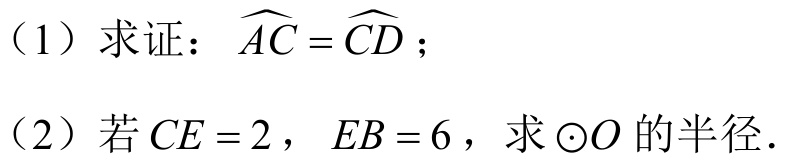
(1) 求证：\(\overset{\frown}{AC}=\overset{\frown}{CD}\)；
(2) 若\(CE = 2\)，\(EB = 6\)，求\(\odot O\)的半径.